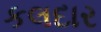
કલદાર